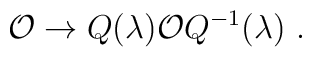
{\cal O}\to Q(\lambda ){\cal O} Q^{-1}(\lambda ) ~.